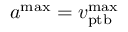
a ^ { \mathrm { m a x } } = v _ { \mathrm { p t b } } ^ { \mathrm { m a x } }